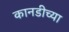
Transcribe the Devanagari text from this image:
कानडीच्या